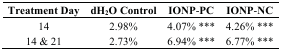
<table><thead><tr><td><b>Treatment Day</b></td><td><b>dH<sub>2</sub>O Control</b></td><td><b>IONP-PC</b></td><td><b>IONP-NC</b></td></tr></thead><tbody><tr><td>14</td><td>2.98%</td><td>4.07% ***</td><td>4.26% ***</td></tr><tr><td>14 &amp; 21</td><td>2.73%</td><td>6.94% ***</td><td>6.77% ***</td></tr></tbody></table>